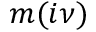
m ( i \nu )